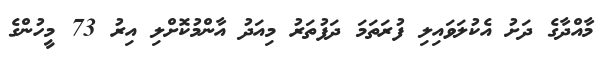
މާއްދާގެ ދަށު އެކުލަވައިލި ފުރަތަމަ ދަފުތަރު މިއަދު އާންމުކޮށްލި އިރު 73 މީހުންގެ